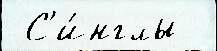
 С'и́нглы